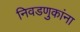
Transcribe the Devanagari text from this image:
निवडणुकांना